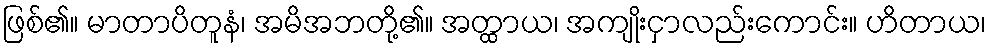
ဖြစ်၏။ မာတာပိတူနံ၊ အမိအဘတို့၏။ အတ္ထာယ၊ အကျိုးငှာလည်းကောင်း။ ဟိတာယ၊